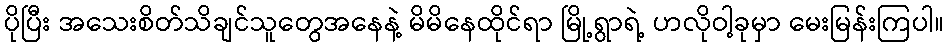
ပိုပြီး အသေးစိတ်သိချင်သူတွေအနေနဲ့ မိမိနေထိုင်ရာ မြို့ရွာရဲ့ ဟလိုဝါ့ခုမှာ မေးမြန်းကြပါ။